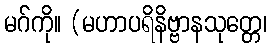
မဂ်ကို။ (မဟာပရိနိဗ္ဗာနသုတ္တေ၊